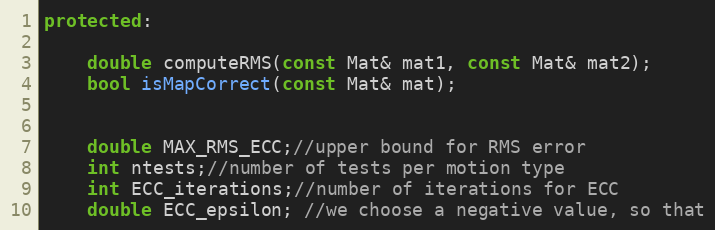
Language: C++
protected:

    double computeRMS(const Mat& mat1, const Mat& mat2);
    bool isMapCorrect(const Mat& mat);

    double MAX_RMS_ECC;//upper bound for RMS error
    int ntests;//number of tests per motion type
    int ECC_iterations;//number of iterations for ECC
    double ECC_epsilon; //we choose a negative value, so that